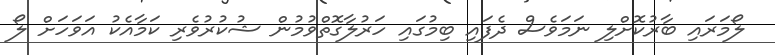
ލޯމަރައި ބާރުކޮށްލި ނަމަވެސް ދެފައި ބިމުގައި ހަރުލާގޮތްވުމުން ޝުކުރުވެރި ކަމާއެކު އަވަހަށް ލޯ